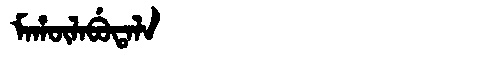
Manchu: ᠮᠠᡥᡡᠯᠠᠪᡠᡨᠠᠯᠠ
Romanization: MAHŪLABUTALA